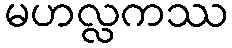
မဟလ္လကဿ